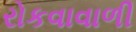
રોકવાવાળી